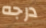
درجه